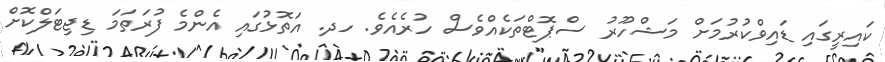
ކައިރީގައި ޑައިވްކުރުމަށް މަޝްހޫރު ސްޕޮޓްތަކެއްވެސް ހުރެއެވެ. ހދ. އަތޮޅުގައި އެންމެ ފުރަތަމަ ޑިޖިޓަލްކޮށް